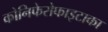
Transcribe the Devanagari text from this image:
कोनिफेरोफाइटाका